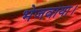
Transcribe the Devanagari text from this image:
भेजवाया।